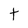
Character: t